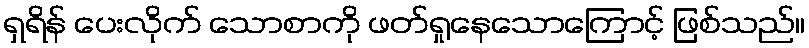
ရှရိန် ပေးလိုက် သောစာကို ဖတ်ရှုနေသောကြောင့် ဖြစ်သည်။